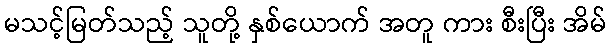
မသင့်မြတ်သည့် သူတို့ နှစ်ယောက် အတူ ကား စီးပြီး အိမ်